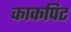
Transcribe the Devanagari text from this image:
काकपिट